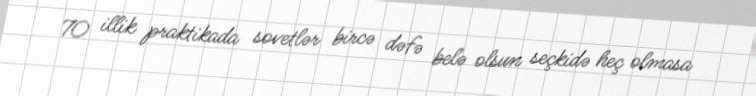
70 illik praktikada sovetlər bircə dəfə belə olsun seçkidə heç olmasa